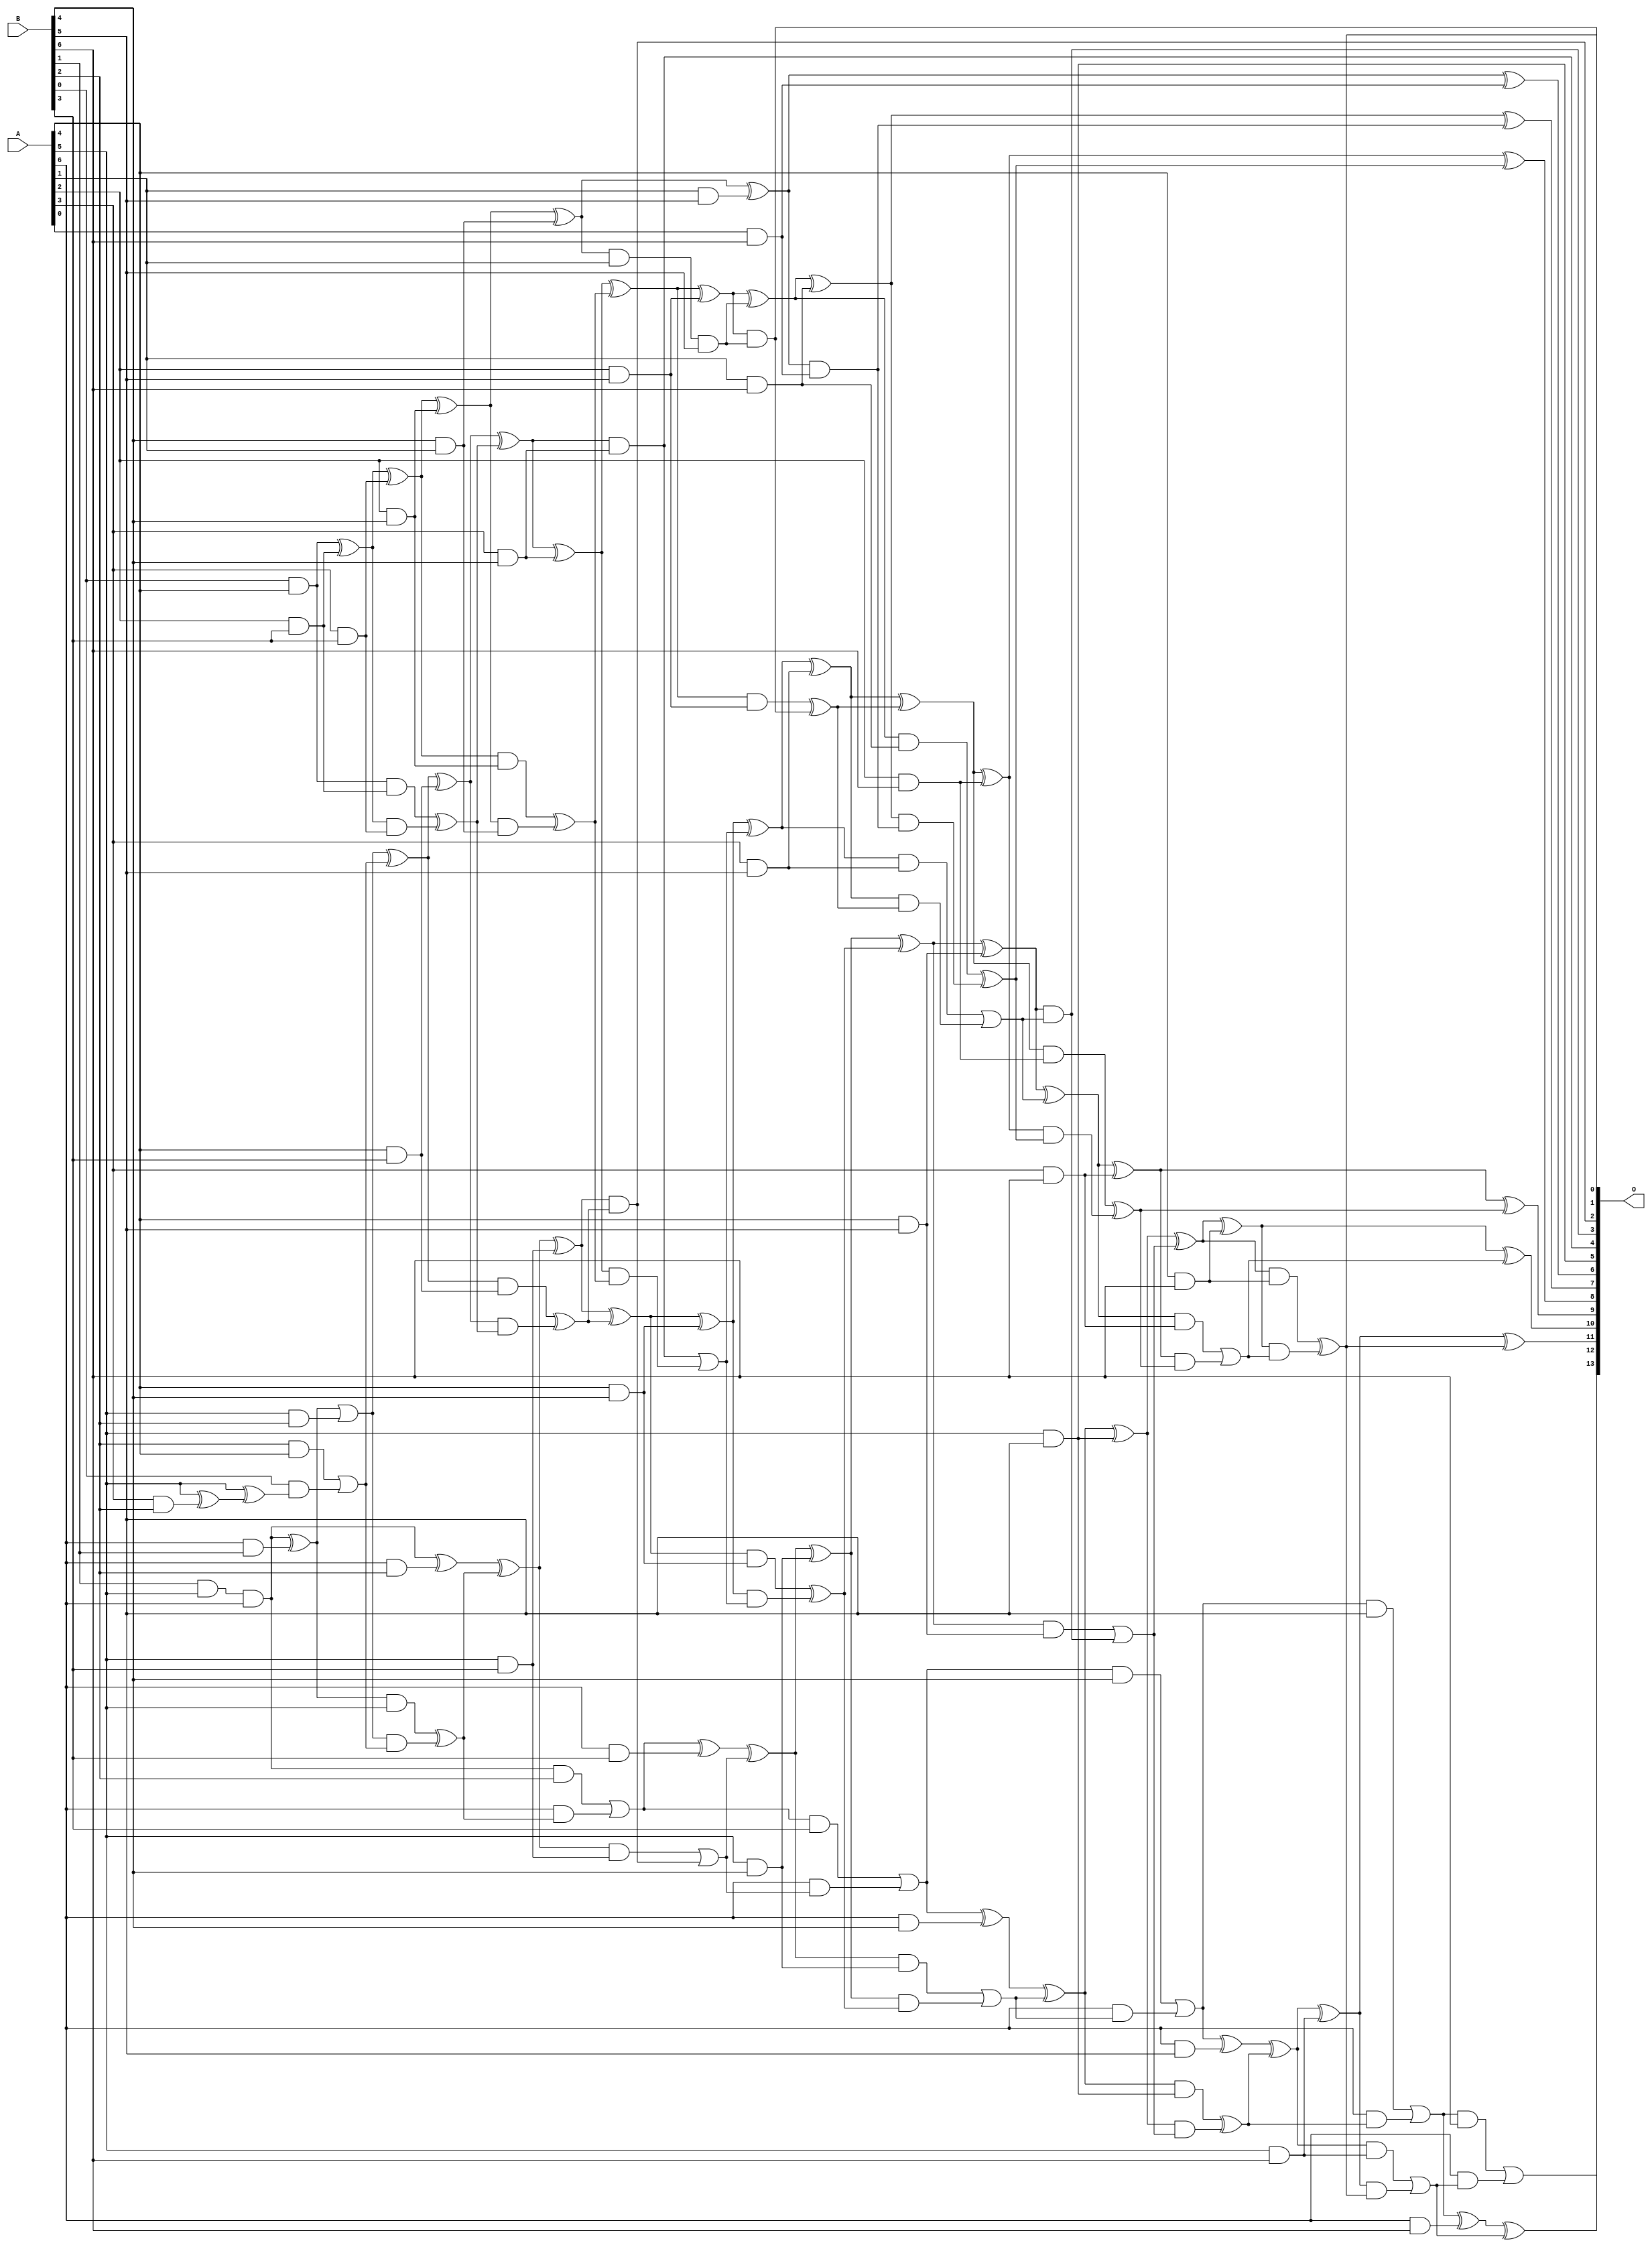
/***
* This code is a part of EvoApproxLib library (ehw.fit.vutbr.cz/approxlib) distributed under The MIT License.
* When used, please cite the following article(s): V. Mrazek, S. S. Sarwar, L. Sekanina, Z. Vasicek and K. Roy, "Design of power-efficient approximate multipliers for approximate artificial neural networks," 2016 IEEE/ACM International Conference on Computer-Aided Design (ICCAD), Austin, TX, 2016, pp. 1-7. doi: 10.1145/2966986.2967021 
* This file contains a circuit from a sub-set of pareto optimal circuits with respect to the pwr and wce parameters
***/
// MAE% = 0.27 %
// MAE = 45 
// WCE% = 0.94 %
// WCE = 154 
// WCRE% = 300.00 %
// EP% = 95.21 %
// MRE% = 5.62 %
// MSE = 3099 
// PDK45_PWR = 0.173 mW
// PDK45_AREA = 375.0 um2
// PDK45_DELAY = 1.28 ns


module mul7u_06J(A, B, O);
  input [6:0] A, B;
  output [13:0] O;
  wire [6:0] A, B;
  wire [13:0] O;
  wire sig_27, sig_51, sig_54, sig_55, sig_56, sig_60;
  wire sig_62, sig_63, sig_76, sig_78, sig_80, sig_82;
  wire sig_83, sig_84, sig_85, sig_86, sig_87, sig_88;
  wire sig_89, sig_90, sig_91, sig_92, sig_93, sig_94;
  wire sig_95, sig_99, sig_100, sig_101, sig_102, sig_114;
  wire sig_115, sig_116, sig_117, sig_118, sig_119, sig_120;
  wire sig_121, sig_122, sig_123, sig_124, sig_125, sig_126;
  wire sig_128, sig_129, sig_130, sig_131, sig_132, sig_133;
  wire sig_134, sig_137, sig_138, sig_139, sig_140, sig_141;
  wire sig_148, sig_149, sig_150, sig_151, sig_152, sig_153;
  wire sig_154, sig_156, sig_157, sig_158, sig_159, sig_160;
  wire sig_161, sig_162, sig_163, sig_164, sig_165, sig_166;
  wire sig_167, sig_168, sig_169, sig_170, sig_171, sig_172;
  wire sig_173, sig_175, sig_176, sig_177, sig_178, sig_180;
  wire sig_183, sig_184, sig_186, sig_187, sig_188, sig_189;
  wire sig_191, sig_192, sig_193, sig_194, sig_195, sig_196;
  wire sig_197, sig_198, sig_199, sig_201, sig_202, sig_203;
  wire sig_204, sig_205, sig_206, sig_207, sig_208, sig_209;
  wire sig_210, sig_211, sig_212, sig_213, sig_214, sig_215;
  wire sig_216, sig_217, sig_218, sig_219, sig_221, sig_222;
  wire sig_223, sig_224, sig_226, sig_227, sig_228, sig_229;
  wire sig_231, sig_232, sig_233, sig_234, sig_236, sig_237;
  wire sig_238, sig_239, sig_242, sig_243, sig_244, sig_246;
  wire sig_247, sig_248, sig_249;
  assign sig_27 = A[6] & B[1];
  assign sig_51 = B[1] & A[5];
  assign sig_54 = sig_51 & A[6];
  assign sig_55 = sig_54 ^ sig_27;
  assign sig_56 = sig_54;
  assign sig_60 = A[3] & B[2];
  assign sig_62 = A[5] & B[2];
  assign sig_63 = A[6] & B[2];
  assign sig_76 = A[5] ^ sig_60;
  assign sig_78 = sig_76;
  assign sig_80 = A[5] ^ sig_78;
  assign sig_82 = B[2] & A[4];
  assign sig_83 = B[0] & sig_80;
  assign sig_84 = B[0] & A[4];
  assign sig_85 = sig_82 | sig_83;
  assign sig_86 = sig_55 | sig_62;
  assign sig_87 = sig_55 & A[5];
  assign sig_88 = sig_86 & sig_85;
  assign sig_89 = sig_86 ^ sig_85;
  assign sig_90 = sig_87 ^ sig_88;
  assign sig_91 = sig_56 ^ sig_63;
  assign sig_92 = sig_56 & B[2];
  assign sig_93 = A[6] & sig_90;
  assign sig_94 = sig_91 ^ sig_90;
  assign sig_95 = sig_92 | sig_93;
  assign sig_99 = A[2] & B[3];
  assign sig_100 = A[4] & B[3];
  assign sig_101 = A[5] & B[3];
  assign sig_102 = A[6] & B[3];
  assign sig_114 = A[3] & B[3];
  assign sig_115 = sig_84 ^ sig_99;
  assign sig_116 = sig_84 & sig_99;
  assign sig_117 = sig_115 & sig_114;
  assign sig_118 = sig_115 ^ sig_114;
  assign sig_119 = sig_116 ^ sig_117;
  assign sig_120 = sig_89 ^ sig_100;
  assign sig_121 = sig_89 & sig_100;
  assign sig_122 = sig_120 & sig_119;
  assign sig_123 = sig_120 ^ sig_119;
  assign sig_124 = sig_121 ^ sig_122;
  assign sig_125 = sig_94 ^ sig_101;
  assign sig_126 = sig_94 & sig_101;
  assign O[2] = sig_125 & sig_124;
  assign sig_128 = sig_125 ^ sig_124;
  assign sig_129 = sig_126 | O[2];
  assign sig_130 = sig_95 ^ sig_102;
  assign sig_131 = sig_95 & B[3];
  assign sig_132 = A[6] & sig_129;
  assign sig_133 = sig_130 ^ sig_129;
  assign sig_134 = sig_131 | sig_132;
  assign sig_137 = A[2] & B[4];
  assign sig_138 = A[3] & B[4];
  assign sig_139 = A[4] & B[4];
  assign sig_140 = A[5] & B[4];
  assign sig_141 = A[6] & B[4];
  assign sig_148 = B[4] & A[1];
  assign sig_149 = sig_118 ^ sig_137;
  assign sig_150 = sig_118 & sig_137;
  assign sig_151 = sig_149 & sig_148;
  assign sig_152 = sig_149 ^ sig_148;
  assign sig_153 = sig_150 ^ sig_151;
  assign sig_154 = sig_123 ^ sig_138;
  assign O[4] = sig_123 & sig_138;
  assign sig_156 = sig_154 & sig_153;
  assign sig_157 = sig_154 ^ sig_153;
  assign sig_158 = O[4] | sig_156;
  assign sig_159 = sig_128 ^ sig_139;
  assign sig_160 = sig_128 & sig_139;
  assign sig_161 = sig_159 & sig_158;
  assign sig_162 = sig_159 ^ sig_158;
  assign sig_163 = sig_160 ^ sig_161;
  assign sig_164 = sig_133 ^ sig_140;
  assign sig_165 = sig_133 & sig_140;
  assign sig_166 = sig_164 & sig_163;
  assign sig_167 = sig_164 ^ sig_163;
  assign sig_168 = sig_165 | sig_166;
  assign sig_169 = sig_134 ^ sig_141;
  assign sig_170 = sig_134 & B[4];
  assign sig_171 = A[6] & sig_168;
  assign sig_172 = sig_169 ^ sig_168;
  assign sig_173 = sig_170 | sig_171;
  assign sig_175 = A[1] & B[5];
  assign sig_176 = A[2] & B[5];
  assign sig_177 = A[3] & B[5];
  assign sig_178 = A[4] & B[5];
  assign O[5] = A[5] & B[5];
  assign sig_180 = A[6] & B[5];
  assign sig_183 = sig_152 ^ sig_175;
  assign sig_184 = sig_152 & A[1];
  assign sig_186 = sig_183;
  assign sig_187 = sig_184 & B[5];
  assign sig_188 = sig_157 ^ sig_176;
  assign sig_189 = sig_157 & sig_176;
  assign O[1] = sig_188 & sig_187;
  assign sig_191 = sig_188 ^ sig_187;
  assign sig_192 = sig_189 ^ O[1];
  assign sig_193 = sig_162 ^ sig_177;
  assign sig_194 = sig_162 & sig_177;
  assign sig_195 = sig_193 & sig_192;
  assign sig_196 = sig_193 ^ sig_192;
  assign sig_197 = sig_194 | sig_195;
  assign sig_198 = sig_167 ^ sig_178;
  assign sig_199 = sig_167 & sig_178;
  assign O[3] = sig_198 & sig_197;
  assign sig_201 = sig_198 ^ sig_197;
  assign sig_202 = sig_199 | O[3];
  assign sig_203 = sig_172 ^ O[5];
  assign sig_204 = sig_172 & O[5];
  assign sig_205 = sig_203 & sig_202;
  assign sig_206 = sig_203 ^ sig_202;
  assign sig_207 = sig_204 ^ sig_205;
  assign sig_208 = sig_173 ^ sig_180;
  assign sig_209 = sig_173 & B[5];
  assign sig_210 = A[6] & sig_207;
  assign sig_211 = sig_208 ^ sig_207;
  assign sig_212 = sig_209 | sig_210;
  assign sig_213 = A[0] & B[6];
  assign sig_214 = A[1] & B[6];
  assign sig_215 = A[2] & B[6];
  assign sig_216 = A[3] & B[6];
  assign sig_217 = A[4] & B[6];
  assign sig_218 = A[5] & B[6];
  assign sig_219 = A[6] & B[6];
  assign O[6] = sig_186 ^ sig_213;
  assign sig_221 = sig_186 & sig_213;
  assign sig_222 = sig_191 ^ sig_214;
  assign sig_223 = sig_191 & sig_214;
  assign sig_224 = sig_222 & sig_221;
  assign O[7] = sig_222 ^ sig_221;
  assign sig_226 = sig_223 ^ sig_224;
  assign sig_227 = sig_196 ^ sig_215;
  assign sig_228 = sig_196 & sig_215;
  assign sig_229 = sig_227 & sig_226;
  assign O[8] = sig_227 ^ sig_226;
  assign sig_231 = sig_228 ^ sig_229;
  assign sig_232 = sig_201 ^ sig_216;
  assign sig_233 = sig_201 & sig_216;
  assign sig_234 = sig_232 & sig_231;
  assign O[9] = sig_232 ^ sig_231;
  assign sig_236 = sig_233 | sig_234;
  assign sig_237 = sig_206 ^ sig_217;
  assign sig_238 = sig_206 & sig_217;
  assign sig_239 = sig_237 & sig_236;
  assign O[10] = sig_237 ^ sig_236;
  assign O[0] = sig_238 ^ sig_239;
  assign sig_242 = sig_211 ^ sig_218;
  assign sig_243 = sig_211 & sig_218;
  assign sig_244 = sig_242 & O[0];
  assign O[11] = sig_242 ^ O[0];
  assign sig_246 = sig_243 | sig_244;
  assign sig_247 = sig_212 ^ sig_219;
  assign sig_248 = sig_212 & B[6];
  assign sig_249 = A[6] & sig_246;
  assign O[12] = sig_247 ^ sig_246;
  assign O[13] = sig_248 | sig_249;
endmodule